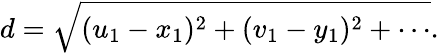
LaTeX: d={\sqrt{(u_{1}-x_{1})^{2}+(v_{1}-y_{1})^{2}+\cdots}}.